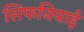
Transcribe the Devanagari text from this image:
सिफनियाई